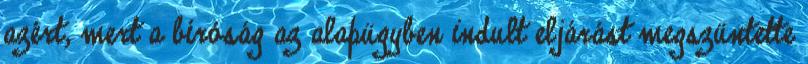
azért, mert a bíróság az alapügyben indult eljárást megszüntette